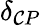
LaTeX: \delta_{\mathcal{C}P}